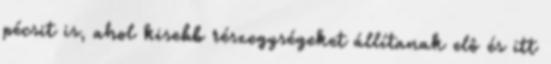
pécsit is, ahol kisebb részegységeket állítanak elô és itt